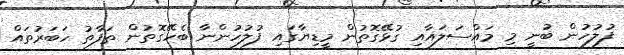
ފުލުހުން ބުނީ މި މައްސަލައާއި ގުޅޭގޮތުން މީޑިޔާގައި ފުލުހުންނާ ބެހޭގޮތުން ތަފާތު ހަބަރުތައް